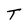
Character: T